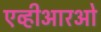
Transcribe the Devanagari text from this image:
एव्हीआरओ